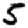
Digit: 5